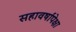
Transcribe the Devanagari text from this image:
सहावर्षांपेक्षा